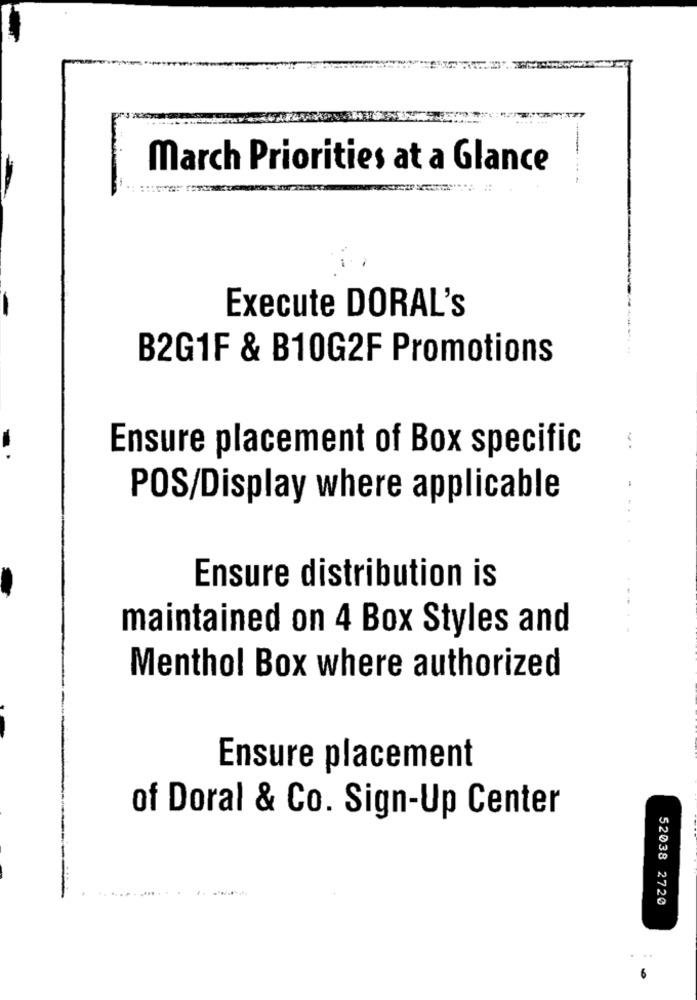
March Priorities at a Glance
Execute DORAL'S
...
B2G1F & B10G2F Promotions
-.
Ensure placement of Box specific
POS/Display where applicable
Ensure distribution is
maintained on 4 Box Styles and
...
Menthol Box where authorized
Ensure placement
of Doral & Co. Sign-Up Center
52038 2720